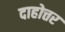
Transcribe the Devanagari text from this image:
दाहोत्तर